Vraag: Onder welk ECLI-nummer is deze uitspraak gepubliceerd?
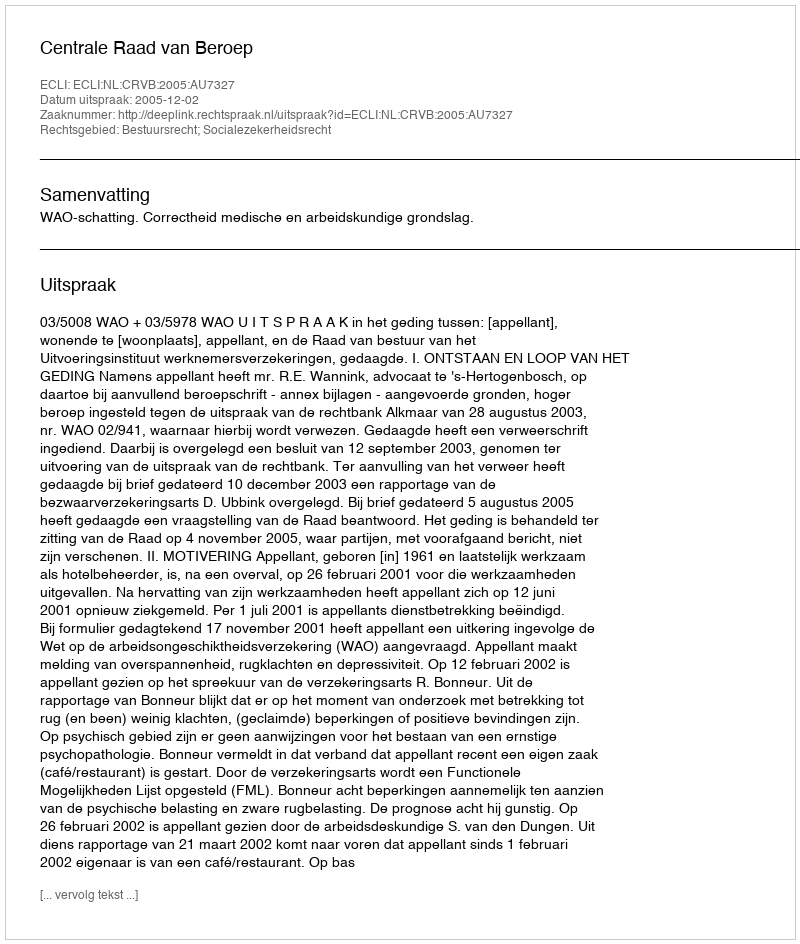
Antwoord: ECLI:NL:CRVB:2005:AU7327